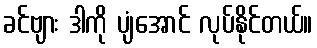
ခင်ဗျား ဒါကို ပျံအောင် လုပ်နိုင်တယ်။